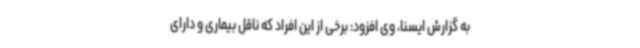
به گزارش ایسنا، وی افزود: برخی از این افراد که ناقل بیماری و دارای